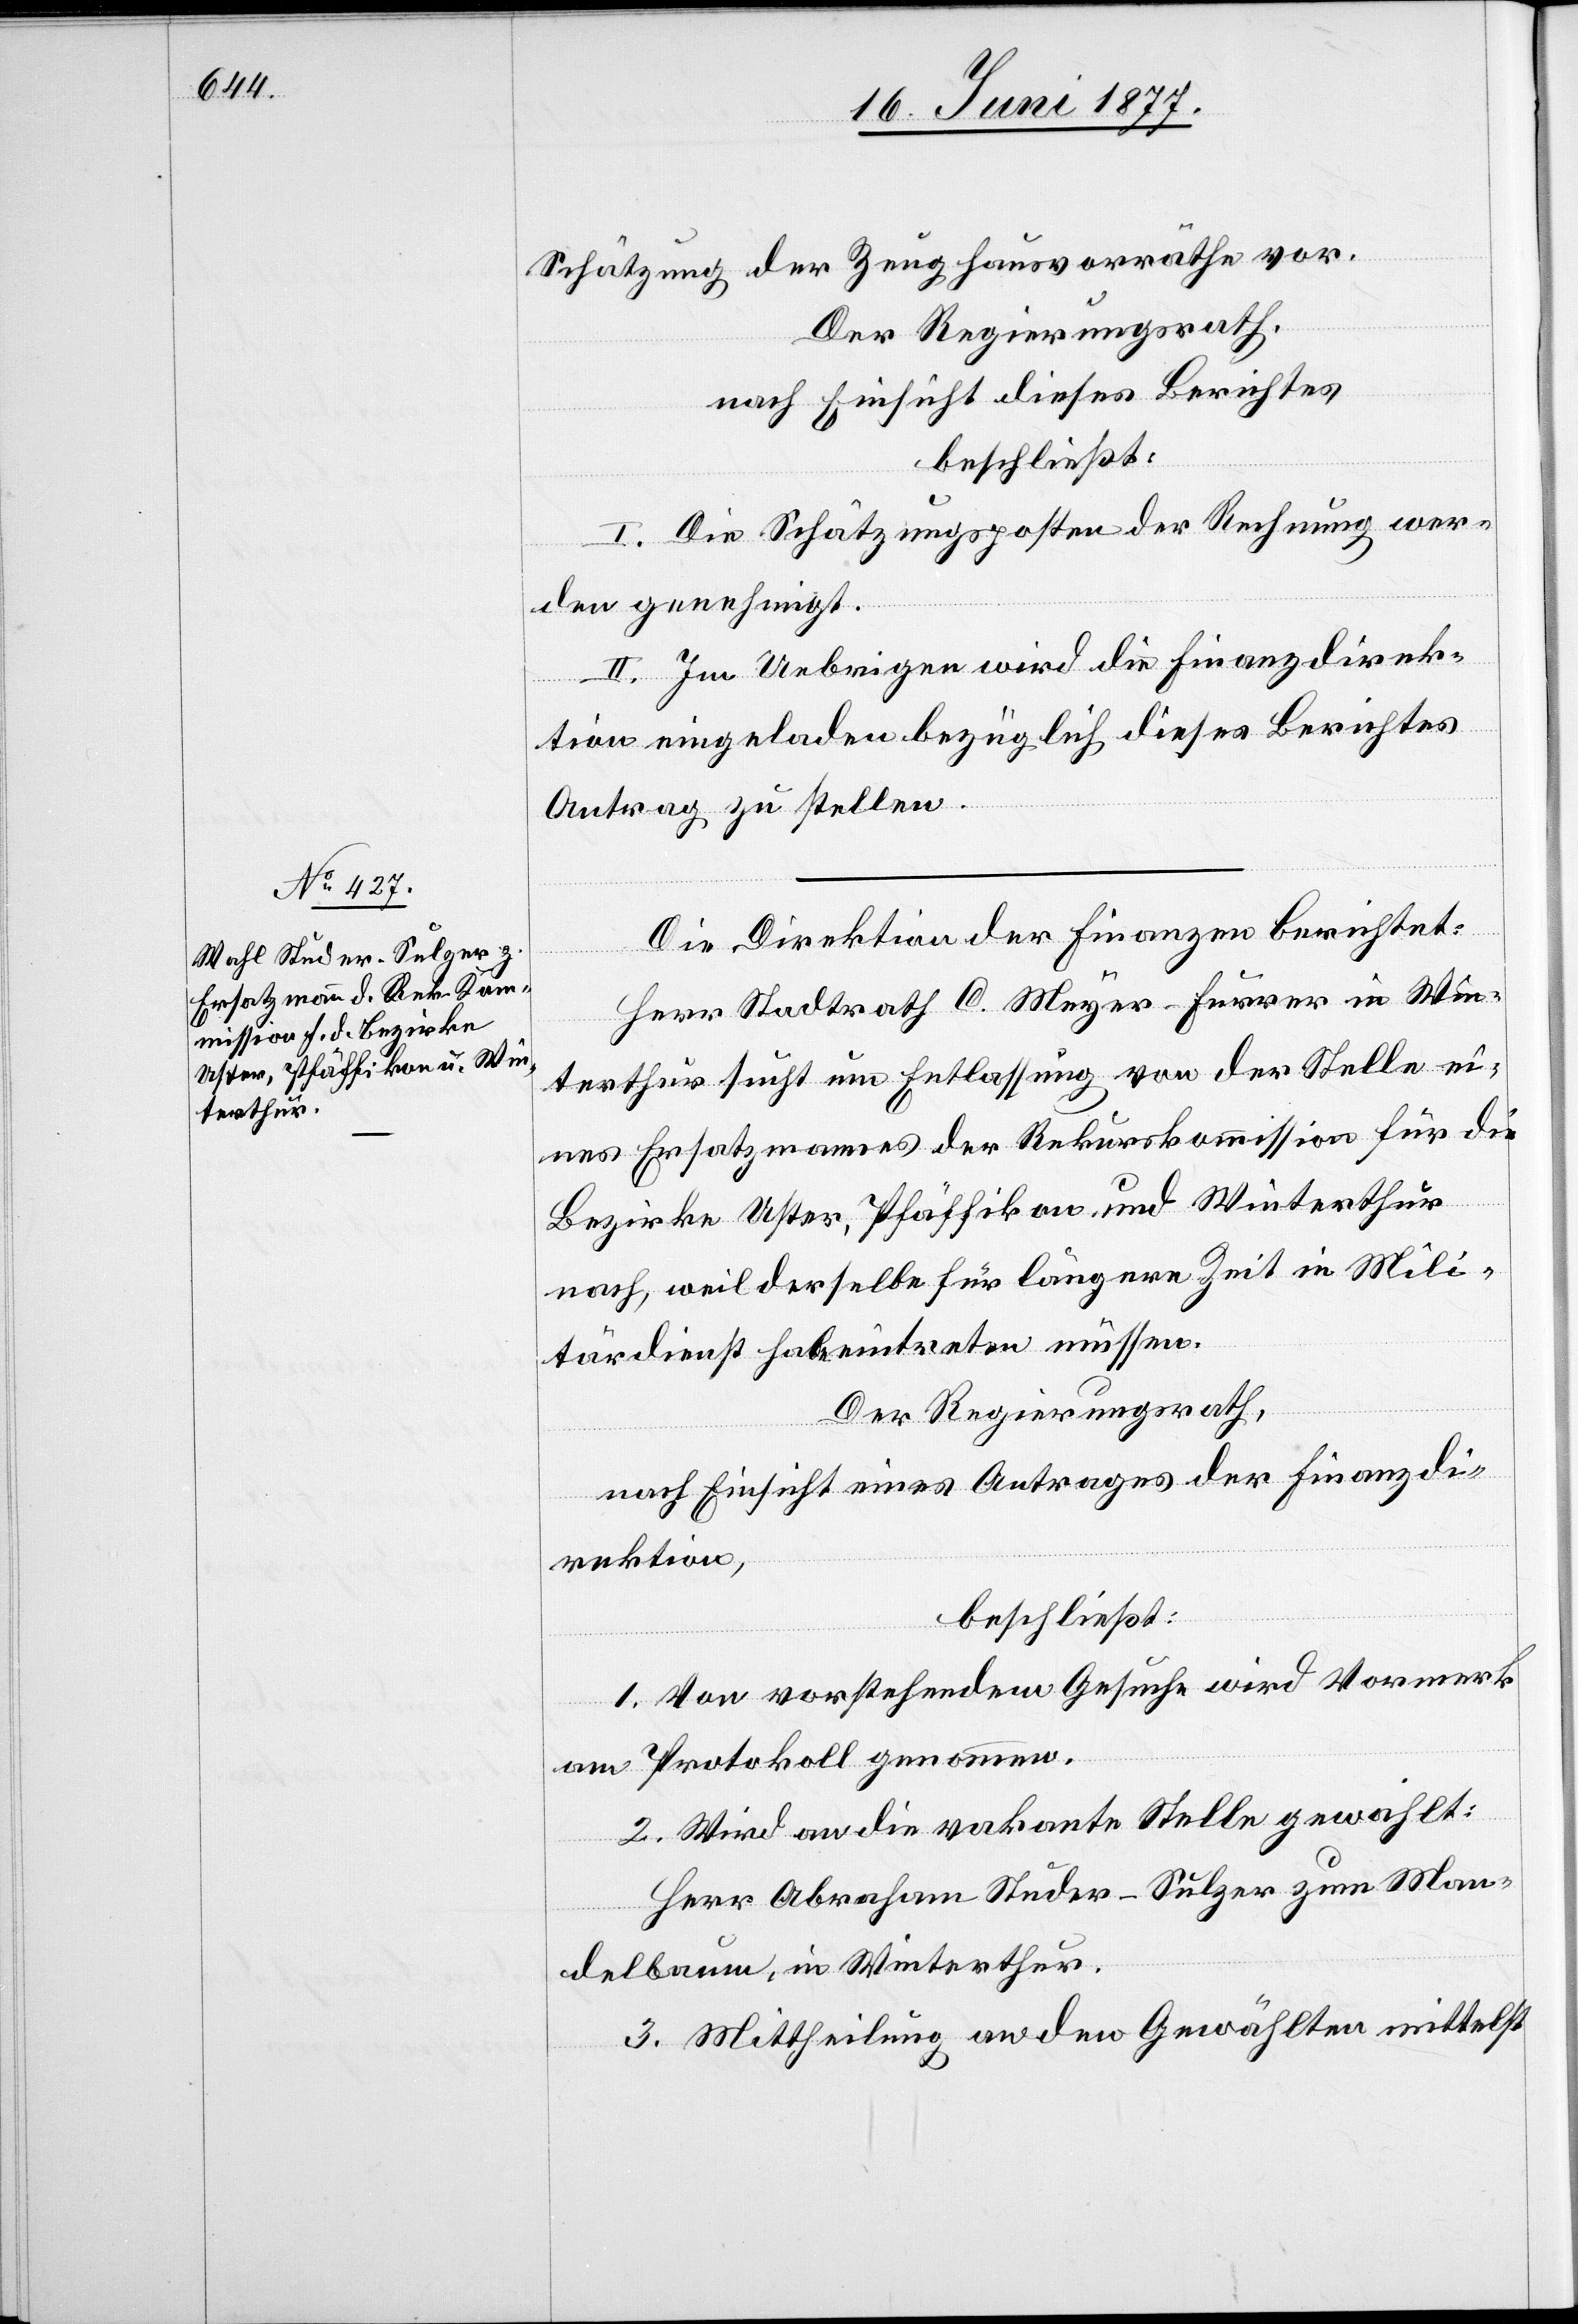
Schätzung der Zeughausvorräthe vor.
Der Regierungsrath,
nach Einsicht dieses Berichtes
beschließt:
I. Die Schätzungsposten der Rechnung wer¬
den genehmigt.
II. Im Uebrigen wird die Finanzdirek¬
tion eingeladen bezüglich dieses Berichtes
Antrag zu stellen.
Die Direktion der Finanzen berichtet:
Herr Stadtrath C. Meyer-Furrer in Win¬
terthur sucht um Entlassung von der Stelle ei¬
nes Ersatzmannes der Rekurskommission für die
Bezirke Uster, Pfäffikon und Winterthur
nach, weil derselbe für längere Zeit in Mili¬
tärdienst habe eintreten müssen.
Der Regierungsrath,
nach Einsicht eines Antrages der Finanzdi¬
rektion,
beschließt:
1. Von vorstehendem Gesuche wird Vormerk
am Protokoll genommen.
2. Wird an die vakante Stelle gewählt:
Herr Abraham Studer-Sulzer zum Man¬
delbaum, Winterthur.
3. Mittheilung an den Gewählten mittelst